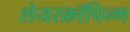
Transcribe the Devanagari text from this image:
शेयरक्रॉपिन्ग